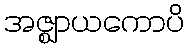
အဇ္ဈာယကောပိ